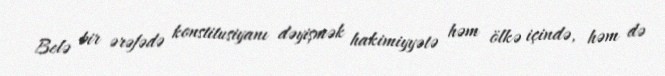
Belə bir ərəfədə konstitusiyanı dəyişmək hakimiyyətə həm ölkə içində, həm də